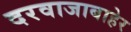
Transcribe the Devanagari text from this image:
दरवाजाबाहेर